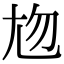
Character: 𡯖